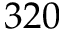
3 2 0